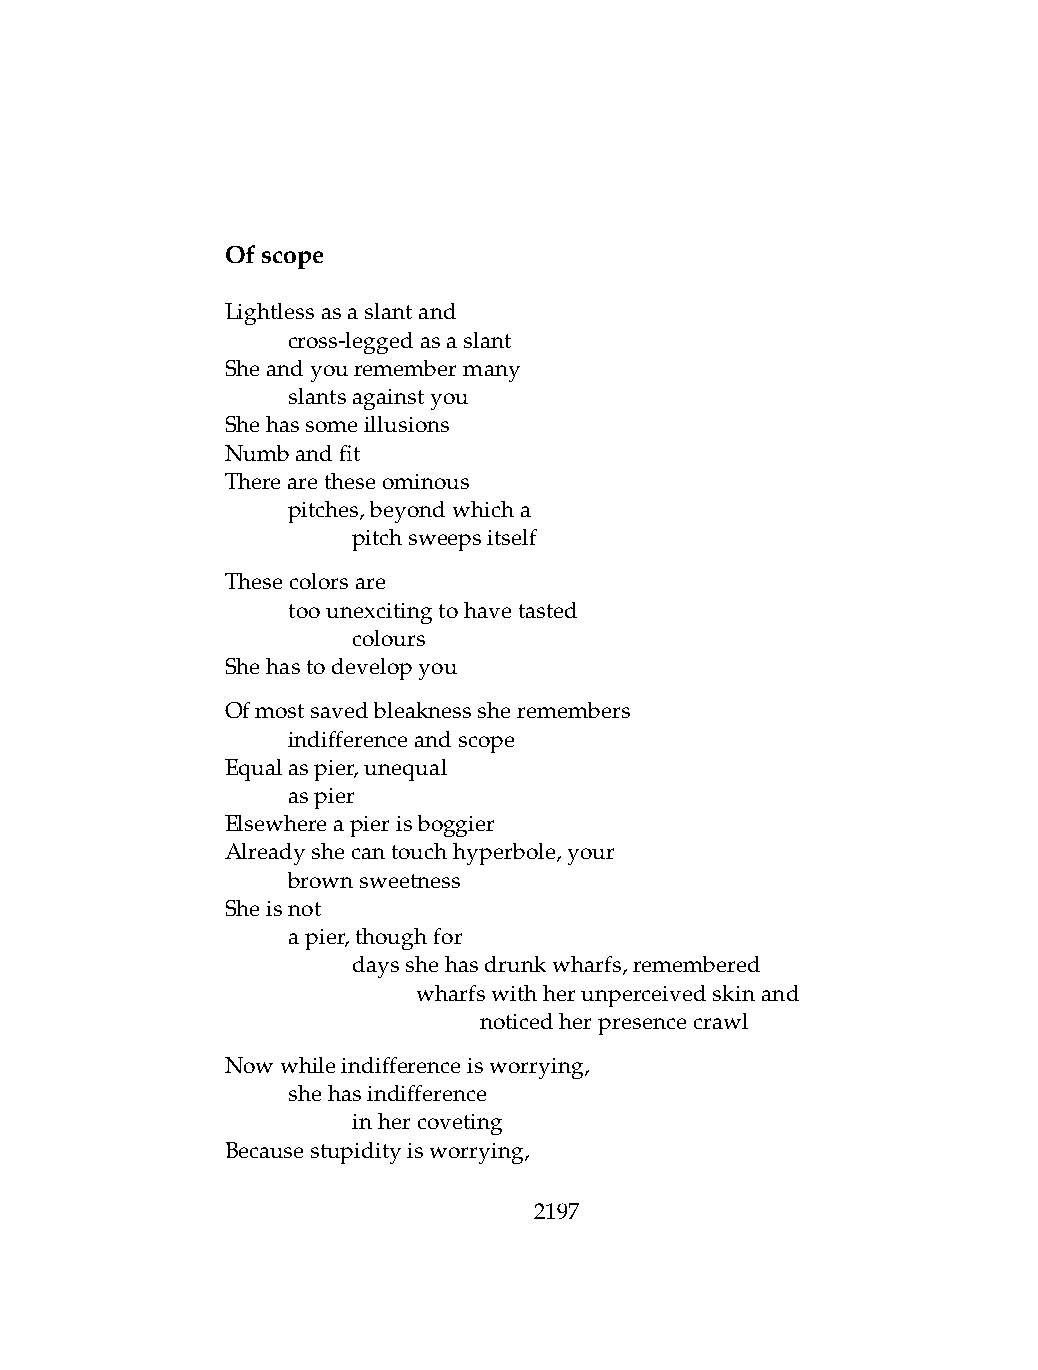
Ofscope
 Lightlessasaslantand
 .   cross-leggedasaslant
 Sheandyouremembermany
 .   slantsagainstyou
 Shehassomeillusions
 Numbandfit
 Therearetheseominous
 .   pitches,beyondwhicha
 .   .   pitchsweepsitself
 Thesecolorsare
 .   toounexcitingtohavetasted
 .   .   colours
 Shehastodevelopyou
 Ofmostsavedbleaknesssheremembers
 .   indifferenceandscope
 Equalaspier,unequal
 .   aspier
 Elsewhereapierisboggier
 Alreadyshecantouchhyperbole,your
 .   brownsweetness
 Sheisnot
 .   apier,thoughfor
 .   .   daysshehasdrunkwharfs,remembered
 .   .   .    wharfswithherunperceivedskinand
 .   .   .    .   noticedherpresencecrawl
 Nowwhileindifferenceisworrying,
 .   shehasindifference
 .   .   inhercoveting
 Becausestupidityisworrying,
 2197